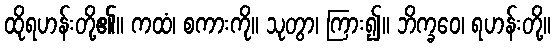
ထိုရဟန်းတို့၏။ ကထံ၊ စကားကို။ သုတွာ၊ ကြား၍။ ဘိက္ခဝေ၊ ရဟန်းတို့။